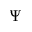
\Psi